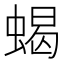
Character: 蝎